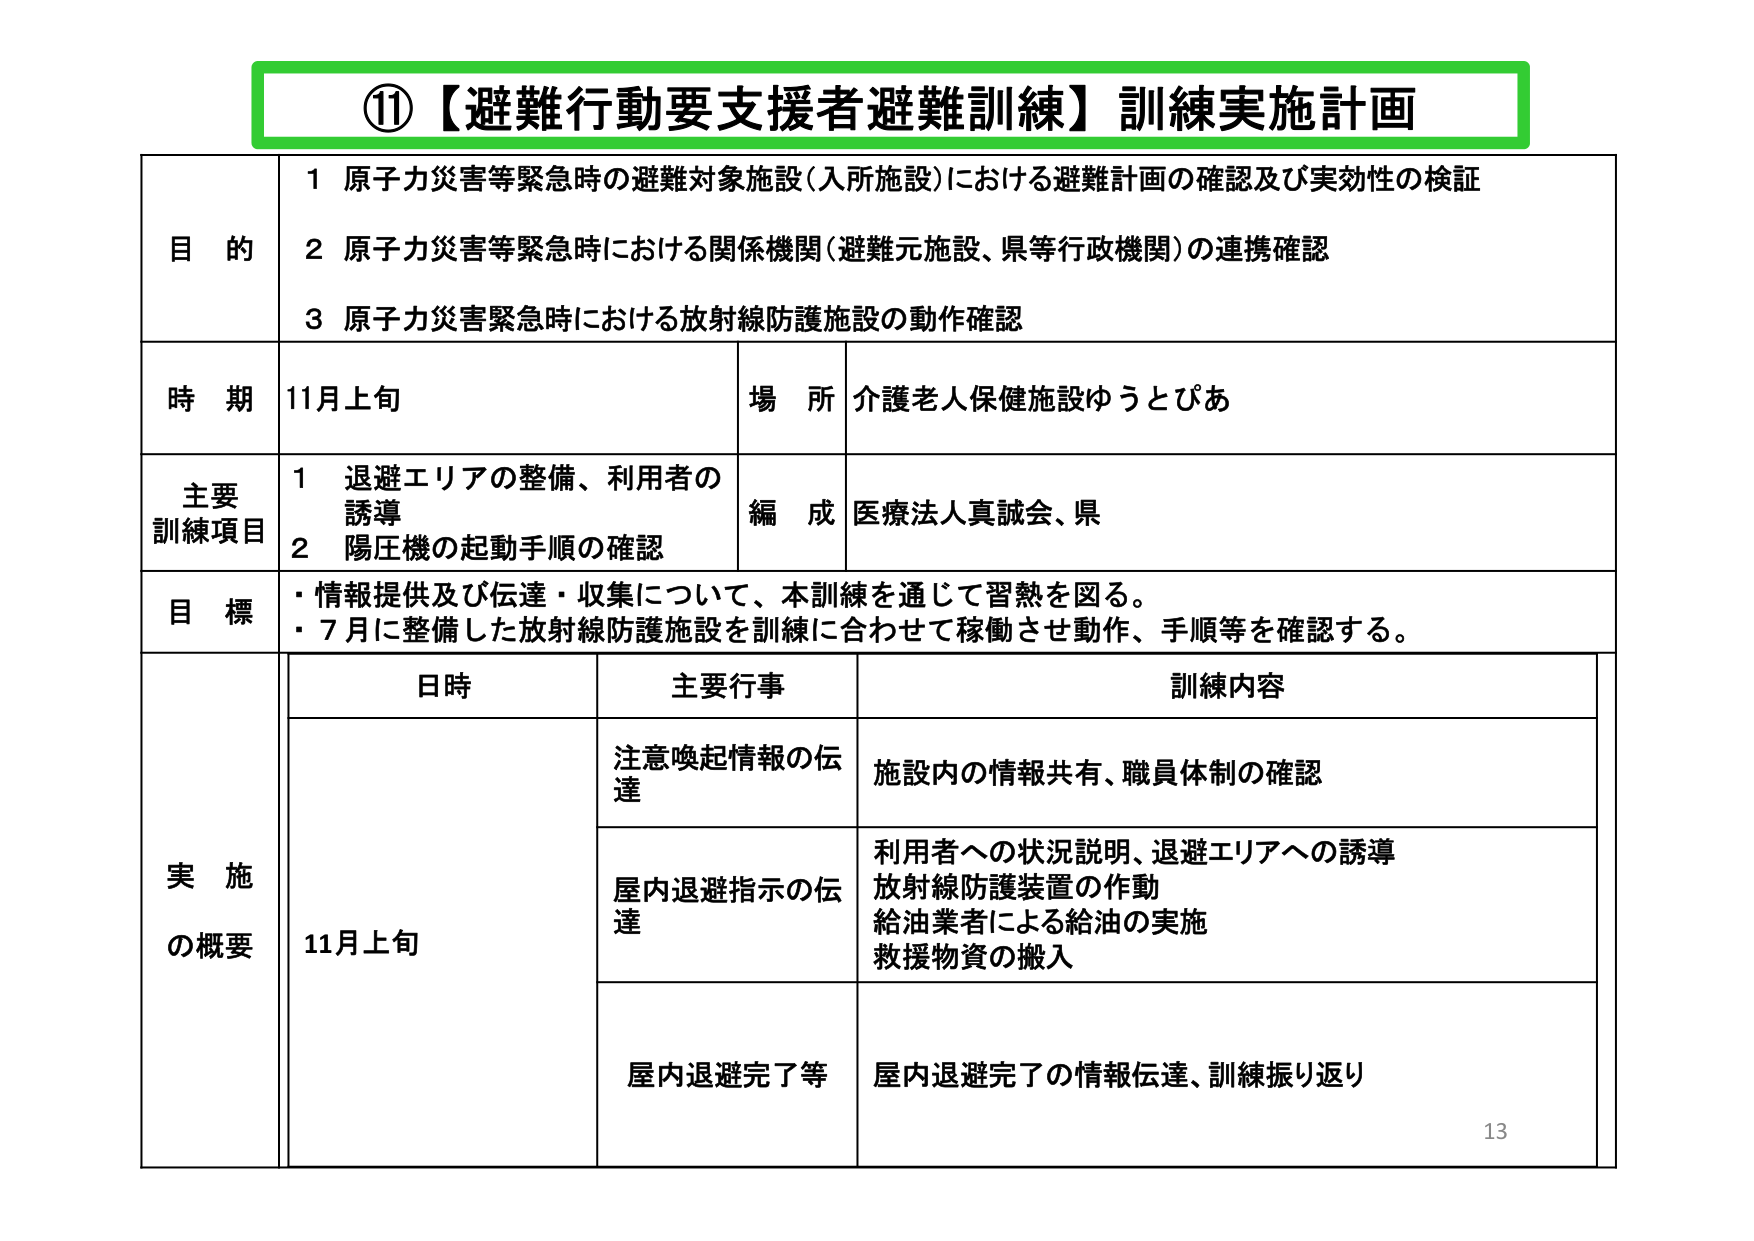
⑪【避難行動要支援者避難訓練】訓練実施計画

目的
1 原子力災害等緊急時の避難対象施設（入所施設）における避難計画の確認及び実効性の検証
2 原子力災害等緊急時における関係機関（避難元施設、県等行政機関）の連携確認
3 原子力災害緊急時における放射線防護施設の動作確認

時期 11月上旬
場所 介護老人保健施設ゆうとぴあ

主要訓練項目
1 退避エリアの整備、利用者の誘導
2 陽圧機の起動手順の確認
編成 医療法人真誠会、県

目標
・情報提供及び伝達・収集について、本訓練を通じて習熟を図る。
・7月に整備した放射線防護施設を訓練に合わせて稼働させ動作、手順等を確認する。

実施の概要
日時 主要行事 訓練内容
11月上旬 注意喚起情報の伝達 施設内の情報共有、職員体制の確認
屋内退避指示の伝達 利用者への状況説明、退避エリアへの誘導
放射線防護装置の作動
給油業者による給油の実施
救援物資の搬入
屋内退避完了等 屋内退避完了の情報伝達、訓練振り返り

13